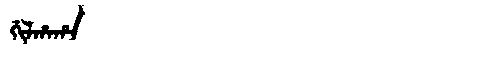
Manchu: ᡤᡳᠯᡥᠠᡥᠠ
Romanization: GILHAHA